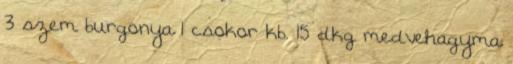
3 szem burgonya 1 csokor kb. 15 dkg medvehagyma